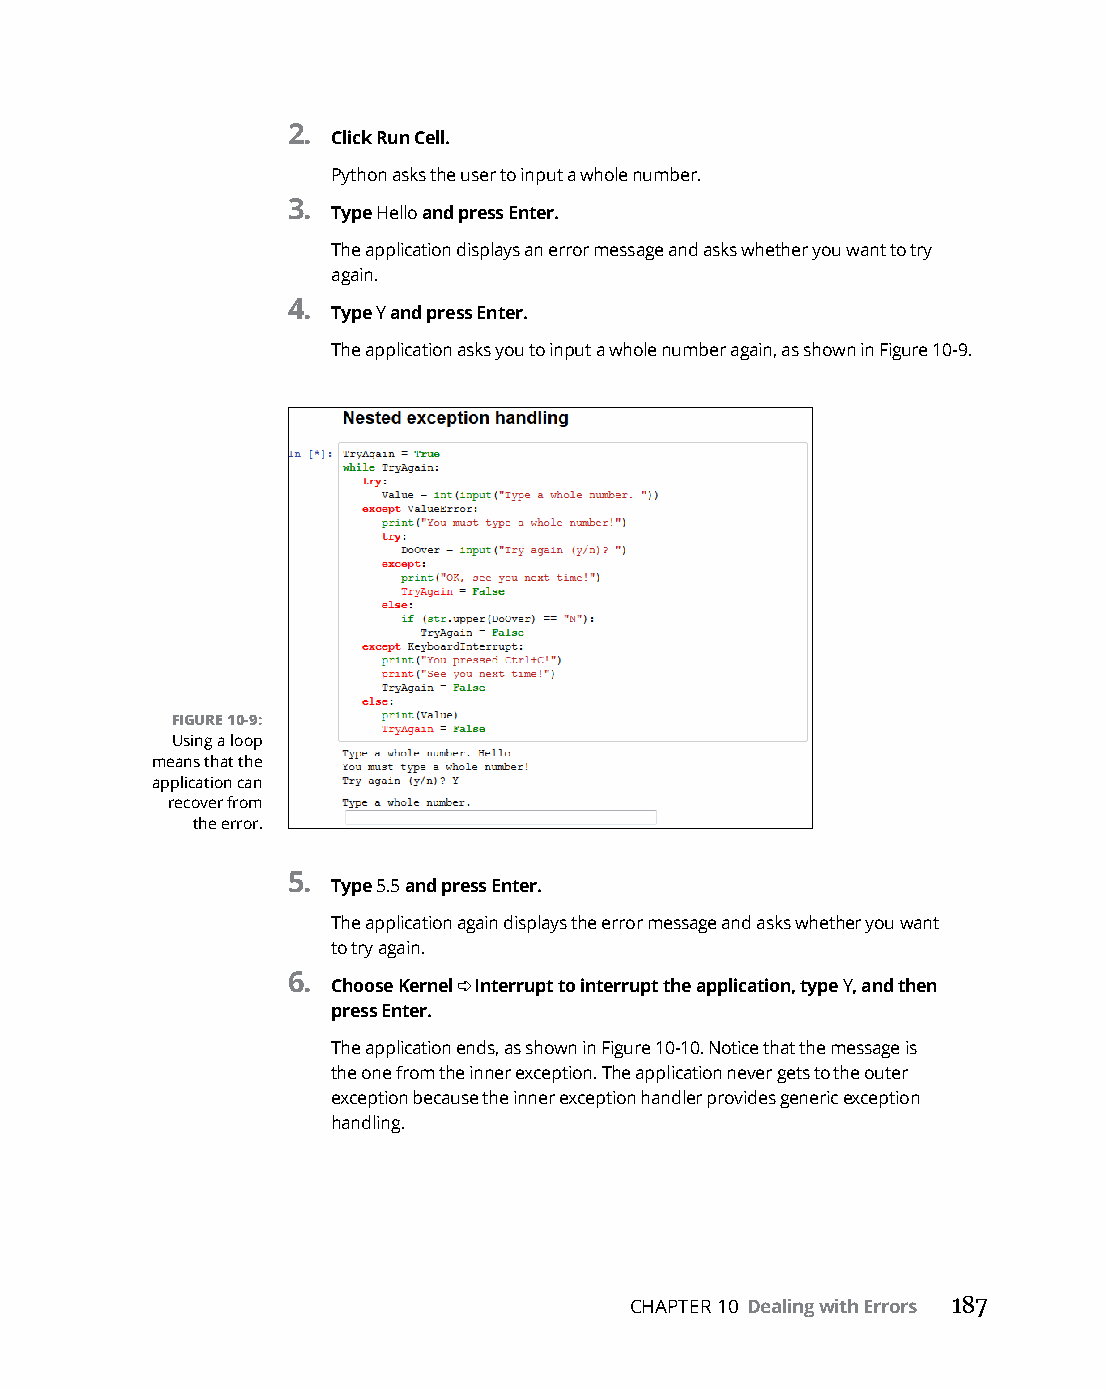
2.
 Click Run Cell.
 Python asks the user to input a whole number.
 3.
 Type Hello and press Enter.
 The application displays an error message and asks whether you want to try
 again.
 4.
 Type Y and press Enter.
 The application asks you to input a whole number again, as shown in Figure 10-9.
 FIGURE 10-9:
 Using a loop
 means that the
 application can
 recover from
 the error.
 5.
 Type 5.5 and press Enter.
 The application again displays the error message and asks whether you want
 to try again.
 6. Choose Kernel ➪ Interrupt to interrupt the application, type Y, and then
 press Enter.
 The application ends, as shown in Figure 10-10. Notice that the message is
 the one from the inner exception. The application never gets to the outer
 exception because the inner exception handler provides generic exception
 handling.
 CHAPTER 10 Dealing with Errors 187